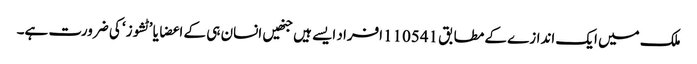
ملک میں ایک اندازے کے مطابق 110541افراد ایسے ہیں جنھیں انسان ہی کے اعضا یا ’ٹشوز‘ کی ضرورت ہے۔